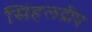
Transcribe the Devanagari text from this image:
सिंहलद्रीप